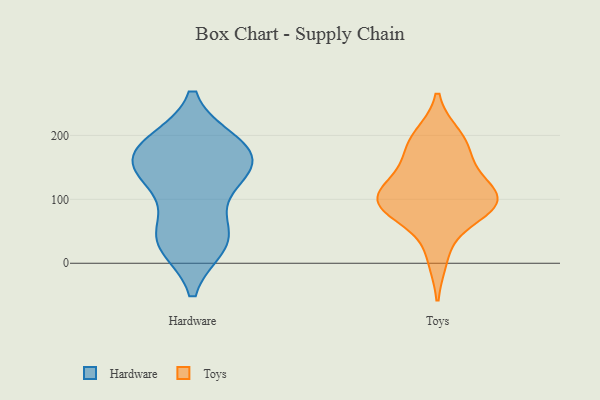
{"axis": {"x": "Population (Million)", "y": "Value"}, "legend": ["Hardware", "Toys"], "data": [{"x": "", "y": 41, "type": "Hardware"}, {"x": "", "y": 161, "type": "Hardware"}, {"x": "", "y": 186, "type": "Hardware"}, {"x": "", "y": 47, "type": "Hardware"}, {"x": "", "y": 168, "type": "Hardware"}, {"x": "", "y": 34, "type": "Hardware"}, {"x": "", "y": 122, "type": "Hardware"}, {"x": "", "y": 140, "type": "Hardware"}, {"x": "", "y": 178, "type": "Hardware"}, {"x": "", "y": 30, "type": "Hardware"}, {"x": "", "y": 140, "type": "Hardware"}, {"x": "", "y": 187, "type": "Hardware"}, {"x": "", "y": 85, "type": "Toys"}, {"x": "", "y": 10, "type": "Toys"}, {"x": "", "y": 103, "type": "Toys"}, {"x": "", "y": 197, "type": "Toys"}, {"x": "", "y": 99, "type": "Toys"}, {"x": "", "y": 140, "type": "Toys"}, {"x": "", "y": 99, "type": "Toys"}, {"x": "", "y": 183, "type": "Toys"}, {"x": "", "y": 182, "type": "Toys"}, {"x": "", "y": 118, "type": "Toys"}, {"x": "", "y": 88, "type": "Toys"}, {"x": "", "y": 84, "type": "Toys"}]}